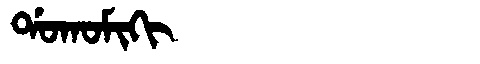
Manchu: ᡩᠣᡴᠣᠮᡳᡴᡳ
Romanization: DOKOMIKI